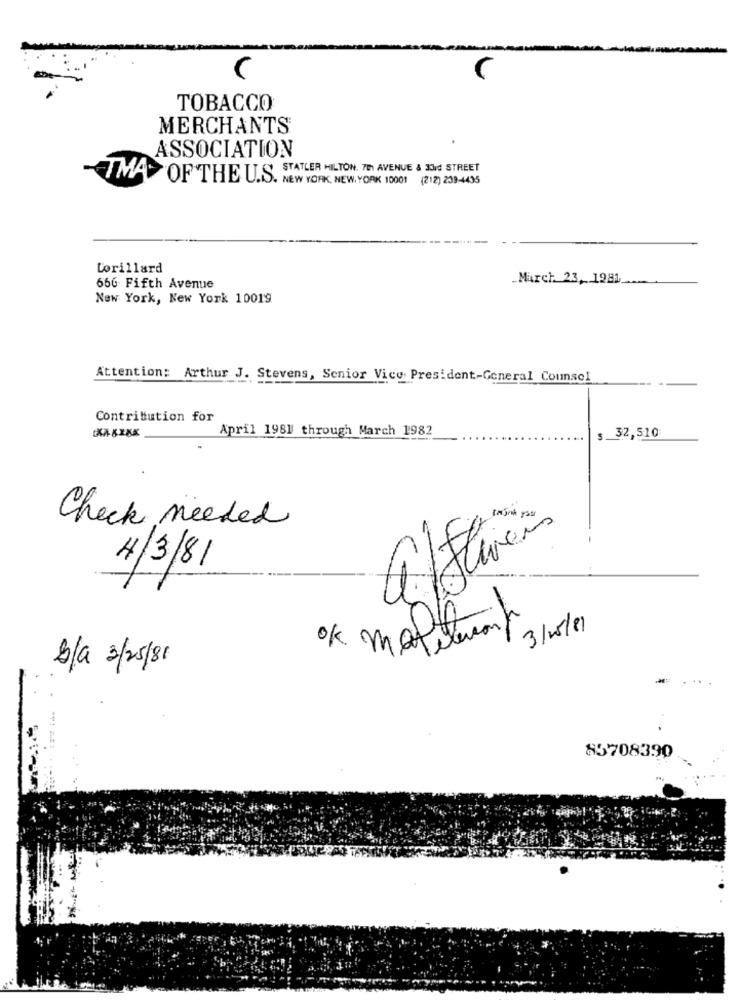
TOBACCO
MERCHANTS
.
ASSOCIATION
STATLER HILTON. 701 AVENUE & 30rd STREET
TMA> OF THE U.S. NEW YORK, NEW YORK 10001 (212) 239-4435
Corillard
March. 23, 1981
666 Fifth Avenue
New York, New York 10019
Attention: Arthur J. Stevens, Senior Vice President-General Counsel
Contribution for
April 1981 through March 1982
$ 32,510
Check needed
4/3/81
20
3/15/81
2/a 3/25/81
85708390